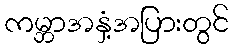
ကမ္ဘာအနှံ့အပြားတွင်